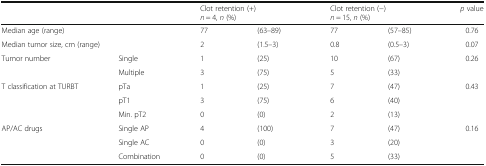
<table><thead><tr><td></td><td></td><td colspan="2"><b>Clot retention (+)<i>n</i> = 4, <i>n</i> (%)</b></td><td colspan="2"><b>Clot retention (−)<i>n</i> = 15, <i>n</i> (%)</b></td><td><b><i>p</i> value</b></td></tr></thead><tbody><tr><td colspan="2">Median age (range)</td><td>77</td><td>(63–89)</td><td>77</td><td>(57–85)</td><td>0.76</td></tr><tr><td colspan="2">Median tumor size, cm (range)</td><td>2</td><td>(1.5–3)</td><td>0.8</td><td>(0.5–3)</td><td>0.07</td></tr><tr><td>Tumor number</td><td>Single</td><td>1</td><td>(25)</td><td>10</td><td>(67)</td><td>0.26</td></tr><tr><td></td><td>Multiple</td><td>3</td><td>(75)</td><td>5</td><td>(33)</td><td></td></tr><tr><td rowspan="3">T classification at TURBT</td><td>pTa</td><td>1</td><td>(25)</td><td>7</td><td>(47)</td><td>0.43</td></tr><tr><td>pT1</td><td>3</td><td>(75)</td><td>6</td><td>(40)</td><td></td></tr><tr><td>Min. pT2</td><td>0</td><td>(0)</td><td>2</td><td>(13)</td><td></td></tr><tr><td rowspan="3">AP/AC drugs</td><td>Single AP</td><td>4</td><td>(100)</td><td>7</td><td>(47)</td><td>0.16</td></tr><tr><td>Single AC</td><td>0</td><td>(0)</td><td>3</td><td>(20)</td><td></td></tr><tr><td>Combination</td><td>0</td><td>(0)</td><td>5</td><td>(33)</td><td></td></tr></tbody></table>